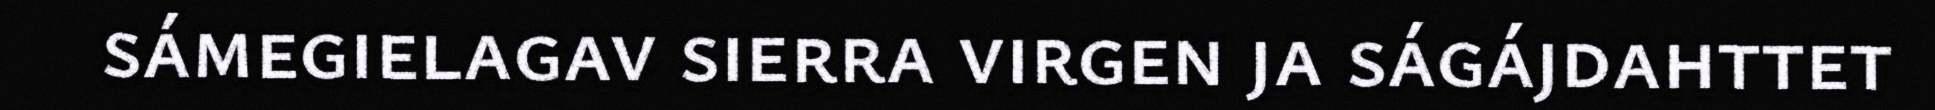
sámegielagav sierra virgen ja ságájdahttet